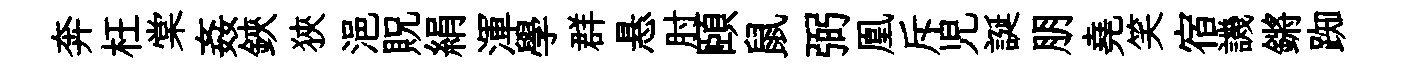
奔枉棠姦鋏狹浥貺絹渾學群悬肘頤鼠弼凰斥児誕朋堯笑宿譏鏘踟